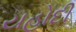
યહોદી